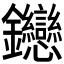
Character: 𬬦